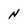
Character: N